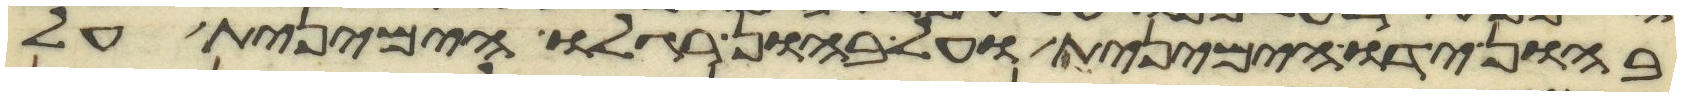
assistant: בהון ידו הימנית ועל בהון רגלו הימנית על